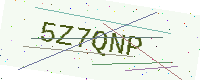
Text: 5Z7QNP